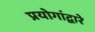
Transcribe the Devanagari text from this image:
प्रयोगांद्वारे